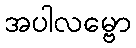
အပါလမ္ဗော